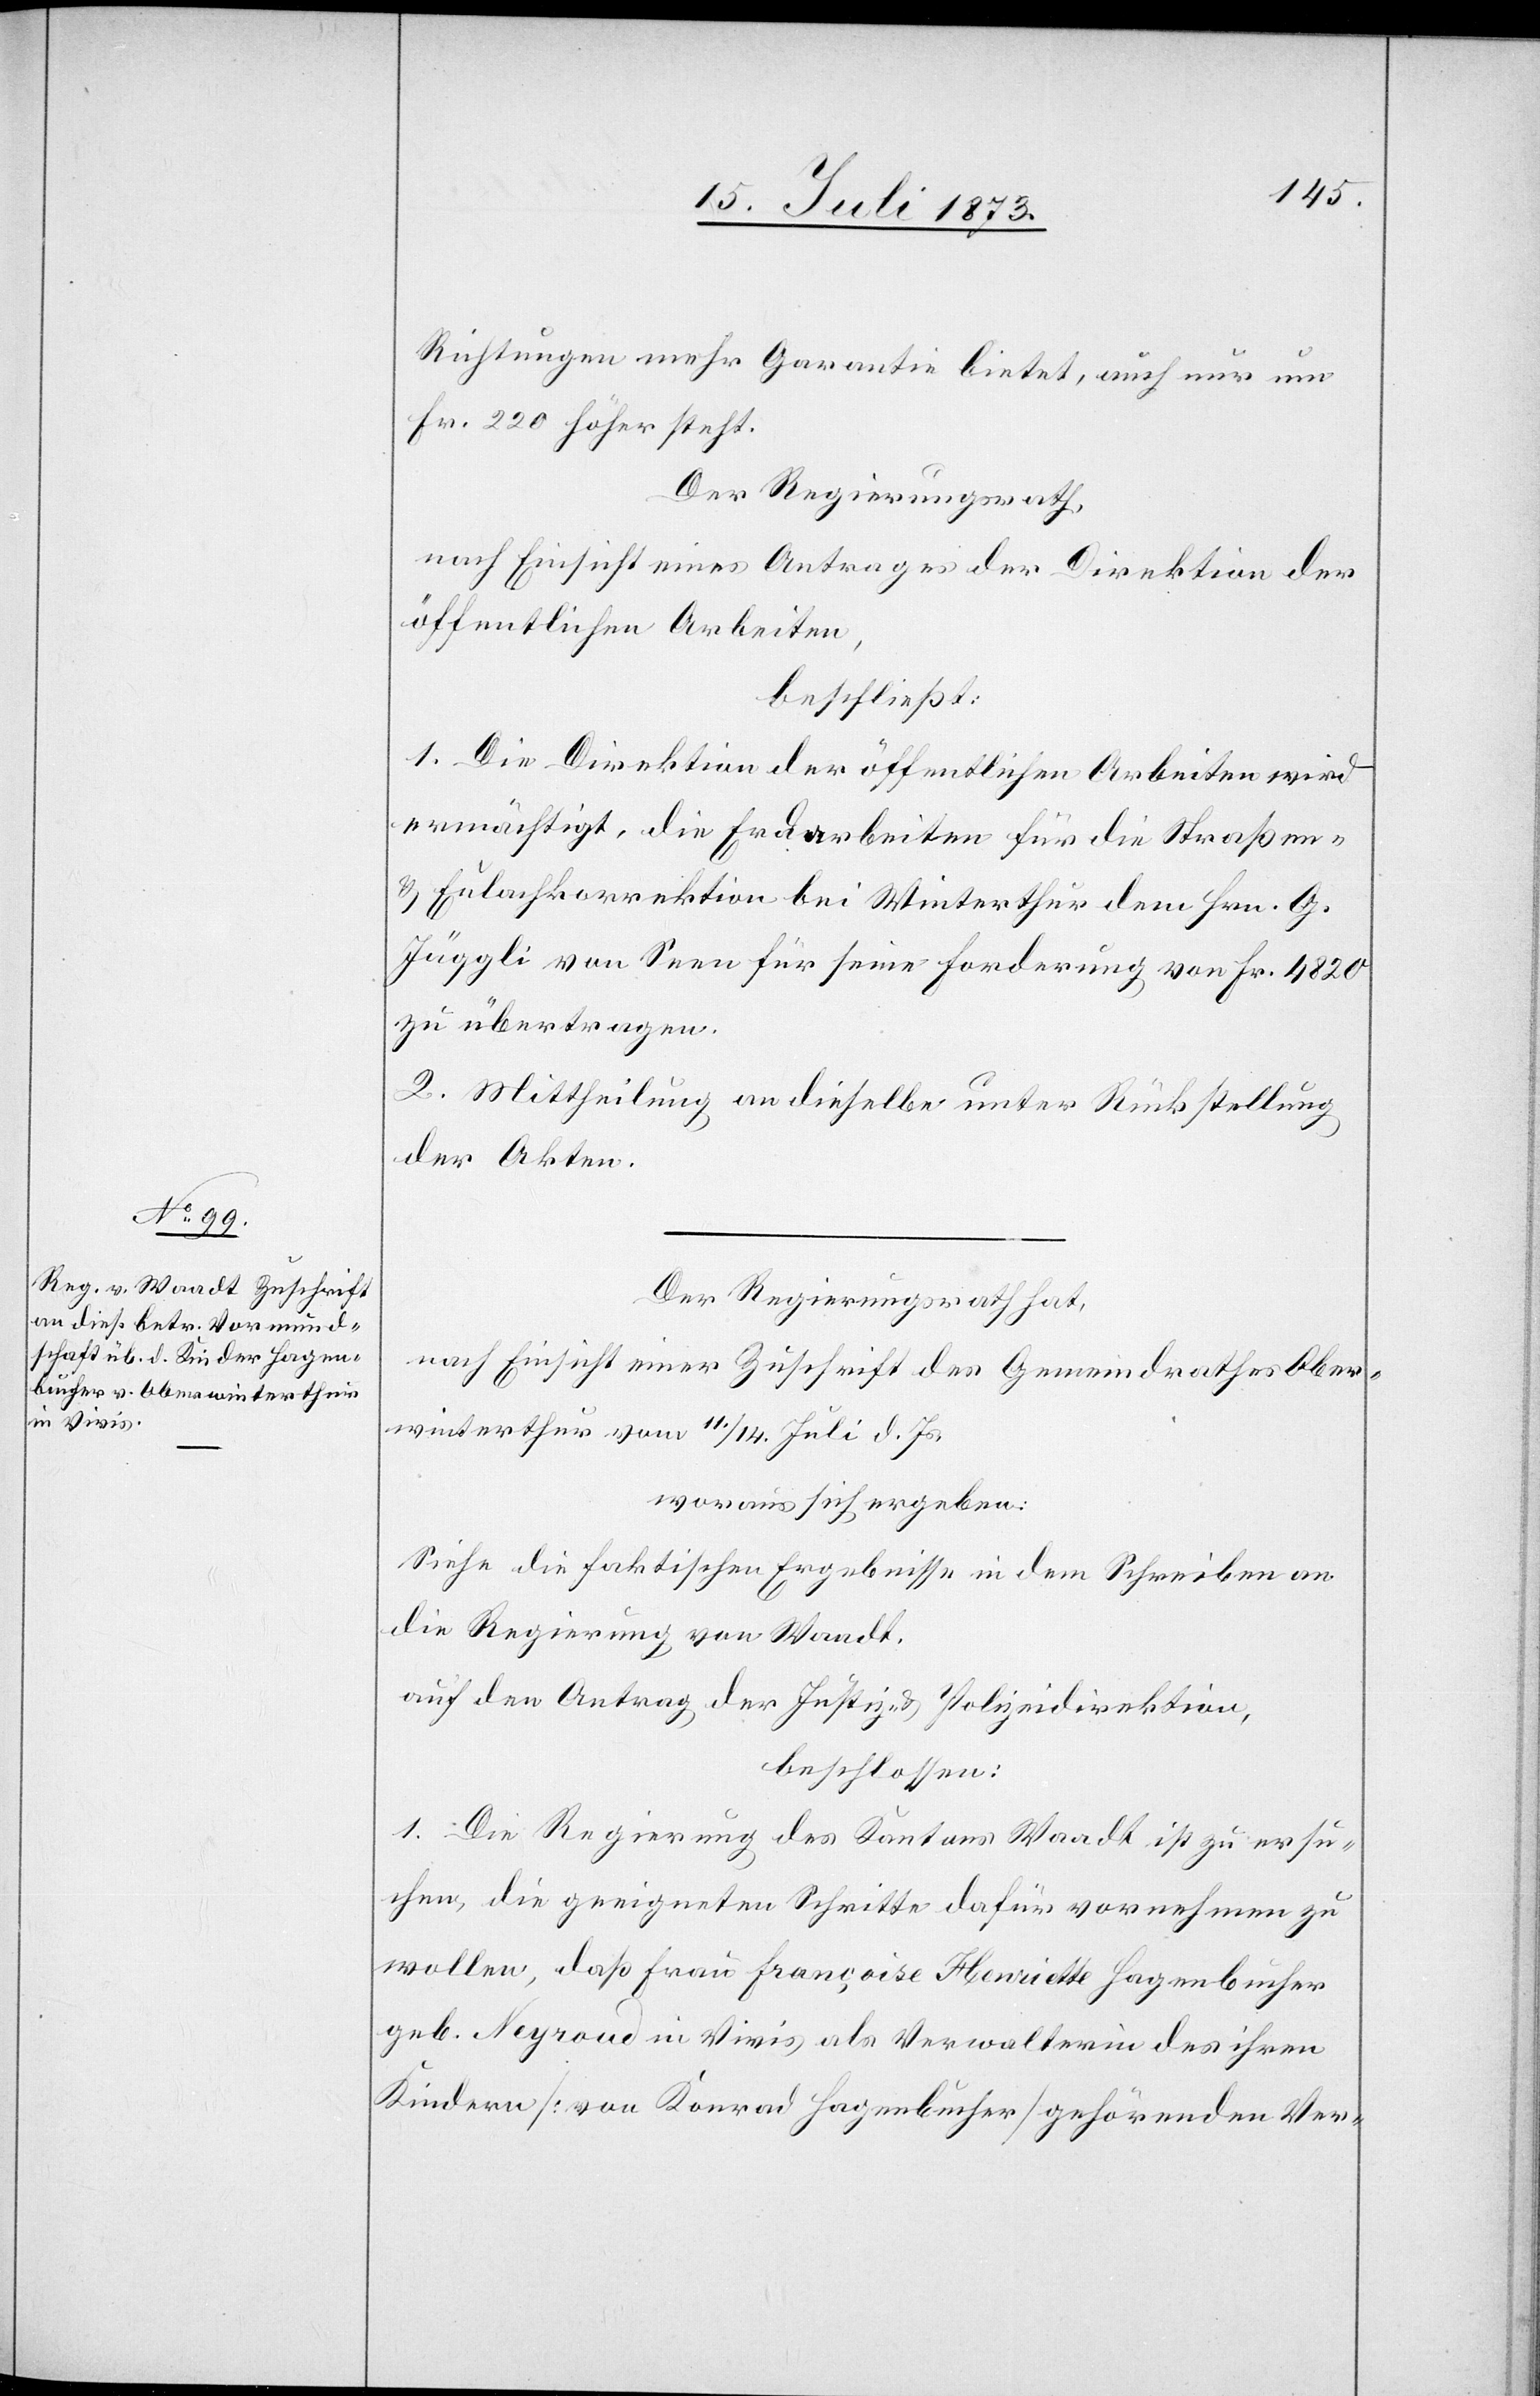
Richtungen mehr Garantie bietet, auch nur um
Fr. 220 höher steht.
Der Regierungsrath,
nach Einsicht eines Antrages der Direktion der
öffentlichen Arbeiten,
beschließt:
1. Die Direktion der öffentlichen Arbeiten wird
ermächtigt, die Erdarbeiten für die Straßen-
& Eulachkorrektion bei Winterthur dem Hrn. G.
Jäggli von Seen für seine Forderung von Fr. 4 820
zu übertragen.
2. Mittheilung an dieselbe unter Rückstellung
der Akten.
Der Regierungsrath hat,
nach Einsicht einer Zuschrift des Gemeindrathes Ober¬
winterthur vom 11./14. Juli d. Js.
woraus sich ergeben:
Siehe die faktischen Ergebnisse in dem Schreiben an
die Regierung von Waadt.
auf den Antrag der Justiz- & Polizeidirektion,
beschlossen:
1. Die Regierung des Kantons Waadt ist zu ersu¬
chen, die geeigneten Schritte dafür vornehmen zu
wollen, daß Frau Françoise Henriette Hagenbucher
geb. Neyroud in Vivis als Verwalterin des ihren
Kindern [von Konrad Hagenbucher] gehörenden Ver-